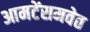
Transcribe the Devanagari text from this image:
आमटेंसमवेत